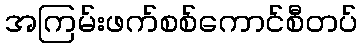
အကြမ်းဖက်စစ်ကောင်စီတပ်